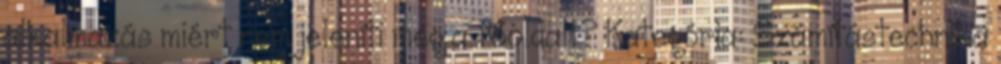
alkalmazás miért nem jeleníti meg a főoldalt? Kategória: Számítástechnika